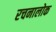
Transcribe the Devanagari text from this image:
रचनालोक